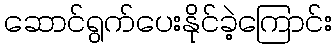
ဆောင်ရွက်ပေးနိုင်ခဲ့ကြောင်း